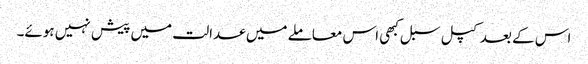
اس کے بعد کپل سبل کبھی اس معاملے میں عدالت میں پیش نہیں ہوئے۔